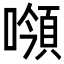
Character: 𩒻